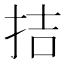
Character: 拮